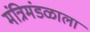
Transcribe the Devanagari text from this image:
मंत्रिमंडळाला